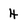
Character: 4